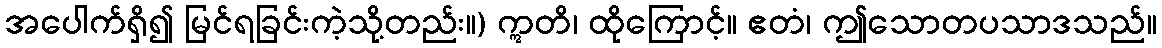
အပေါက်ရှိ၍ မြင်ရခြင်းကဲ့သို့တည်း။) ဣတိ၊ ထိုကြောင့်။ ဧတံ၊ ဤသောတပသာဒသည်။